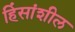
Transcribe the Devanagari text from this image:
हिंसांशील